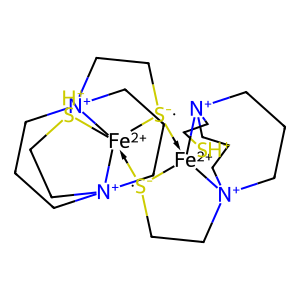
SMILES: C1C[N+]23CCC[N+]4(C1)CC[S-]1[Fe+2]24([SH+]CC3)[S-]2CC[N+]34CCC[N+]5(CCC3)CC[SH+][Fe+2]1254
Inhibits HIV replication: No